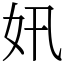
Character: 㚨